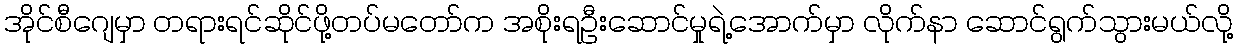
အိုင်စီဂျေမှာ တရားရင်ဆိုင်ဖို့တပ်မတော်က အစိုးရဦးဆောင်မှုရဲ့အောက်မှာ လိုက်နာ ဆောင်ရွက်သွားမယ်လို့